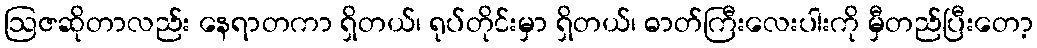
ဩဇဆိုတာလည်း နေရာတကာ ရှိတယ်၊ ရုပ်တိုင်းမှာ ရှိတယ်၊ ဓာတ်ကြီးလေးပါးကို မှီတည်ပြီးတော့